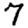
Digit: 7